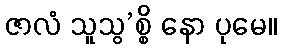
ဇာလံ သူသွ’စ္စိ နော ပုမေ။